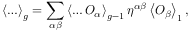
\left\langle \ldots \right\rangle _ { g } = \sum _ { \alpha \beta } \left\langle \ldots { \cal O } _ { \alpha } \right\rangle _ { g - 1 } \eta ^ { \alpha \beta } \left\langle { \cal O } _ { \beta } \right\rangle _ { 1 } ,